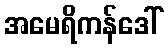
အမေရိကန်ဒေါ်